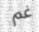
غم